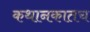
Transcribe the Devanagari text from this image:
कथानकातच